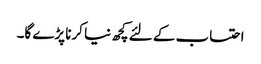
احتساب کے لئے کچھ نیا کرنا پڑے گا۔